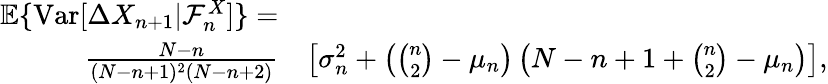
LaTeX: \begin{array}{rlr}{{\mathbb E}\{ \mathrm{Var}[\Delta X_{n+1}|{\cal F}_{n}^{X}]\} =}\\ {\frac{N-n}{(N-n+1)^{2}(N-n+2)}}&{}&{\! \! \! \! \! \! \left[\sigma_{n}^{2}+\left({\binom{n}{2}}-\mu_{n}\right)\left(N-n+1+{\binom{n}{2}}-\mu_{n}\right)\right],}\end{array}